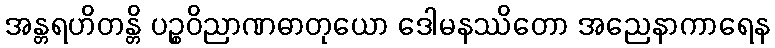
အန္တရဟိတန္တိ ပဉ္စဝိညာဏဓာတုယော ဒေါမနဿိတော အညေနာကာရေန